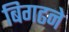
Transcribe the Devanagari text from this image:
बिगढने